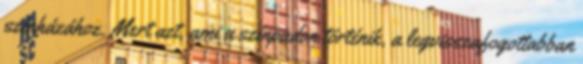
színházához. Mert azt, ami a színpadon történik, a legvisszafogottabban